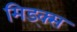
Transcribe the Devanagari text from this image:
मिड्क्स